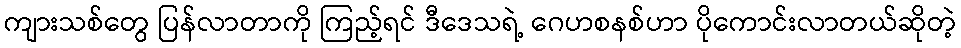
ကျားသစ်တွေ ပြန်လာတာကို ကြည့်ရင် ဒီဒေသရဲ့ ဂေဟစနစ်ဟာ ပိုကောင်းလာတယ်ဆိုတဲ့